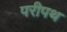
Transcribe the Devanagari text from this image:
परीपथ